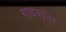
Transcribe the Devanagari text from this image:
वाडयांवर